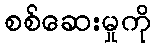
စစ်ဆေးမှုကို